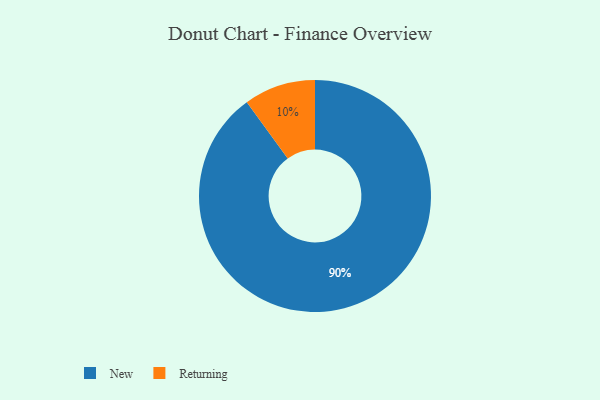
{"axis": {"x": "Category", "y": "Percentage"}, "legend": ["New", "Returning"], "data": [{"x": "Returning", "y": 10, "type": "Returning"}, {"x": "New", "y": 90, "type": "New"}]}